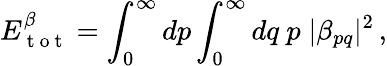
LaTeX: E_{\mathrm{~t~o~t~}}^{\beta}=\int_{0}^{\infty}dp\int_{0}^{\infty}dq\ p\; |\beta_{pq}|^{2}\, ,